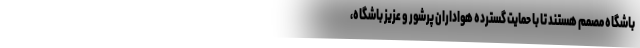
باشگاه مصمم هستند تا با حمایت گسترده هواداران پرشور و عزیز باشگاه،